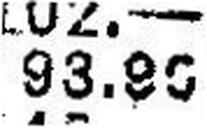
93.80